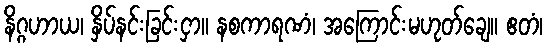
နိဂ္ဂဟာယ၊ နှိပ်နင်းခြင်းငှာ။ နစကာရဏံ၊ အကြောင်းမဟုတ်ချေ။ ဧတံ၊